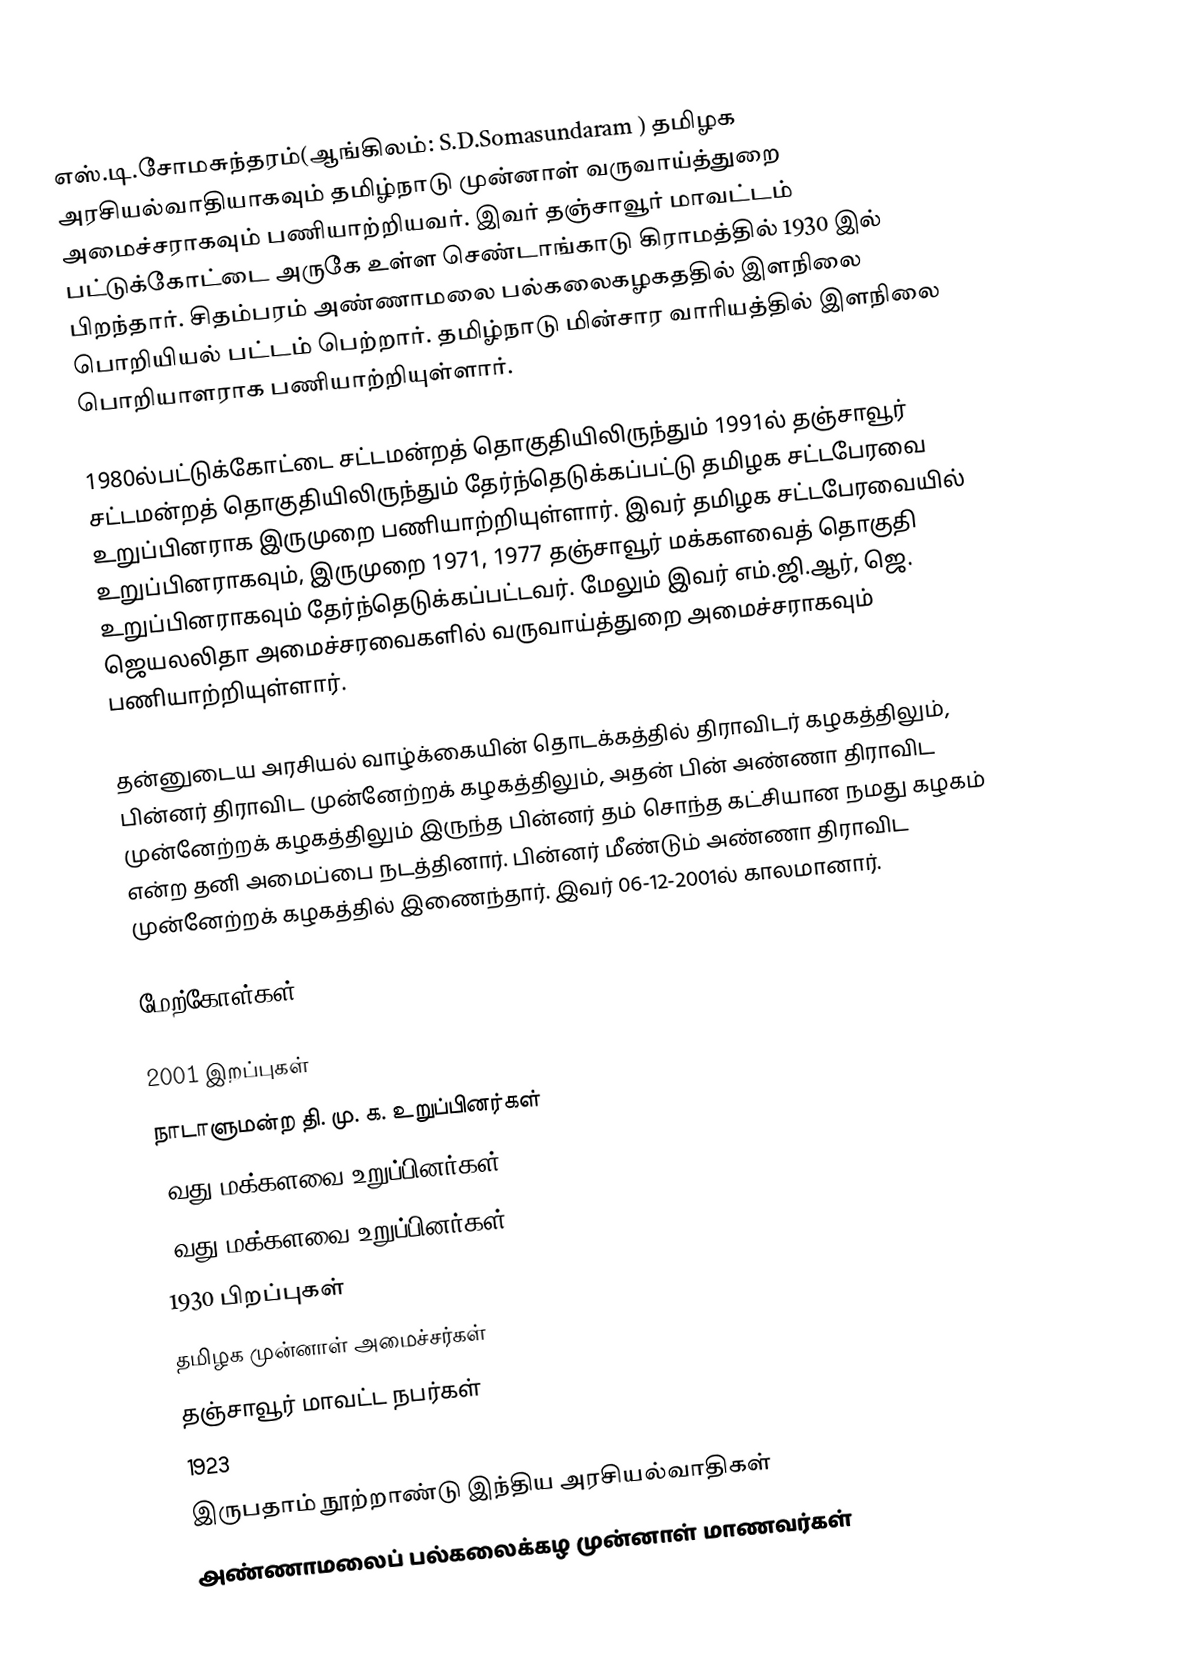
எஸ்.டி.சோமசுந்தரம்(ஆங்கிலம்: S.D.Somasundaram ) தமிழக அரசியல்வாதியாகவும் தமிழ்நாடு முன்னாள் வருவாய்த்துறை அமைச்சராகவும் பணியாற்றியவர்.  இவர் தஞ்சாவூர் மாவட்டம் பட்டுக்கோட்டை அருகே உள்ள செண்டாங்காடு கிராமத்தில் 1930 இல்  பிறந்தார். சிதம்பரம் அண்ணாமலை பல்கலைகழகததில் இளநிலை பொறியியல் பட்டம் பெற்றார். தமிழ்நாடு மின்சார வாரியத்தில் இளநிலை பொறியாளராக பணியாற்றியுள்ளார்.

1980ல்பட்டுக்கோட்டை சட்டமன்றத் தொகுதியிலிருந்தும்  1991ல் தஞ்சாவூர் சட்டமன்றத் தொகுதியிலிருந்தும் தேர்ந்தெடுக்கப்பட்டு தமிழக சட்டபேரவை உறுப்பினராக இருமுறை பணியாற்றியுள்ளார். இவர் தமிழக சட்டபேரவையில் உறுப்பினராகவும், இருமுறை 1971, 1977 தஞ்சாவூர் மக்களவைத் தொகுதி உறுப்பினராகவும் தேர்ந்தெடுக்கப்பட்டவர். மேலும் இவர் எம்.ஜி.ஆர், ஜெ. ஜெயலலிதா அமைச்சரவைகளில் வருவாய்த்துறை அமைச்சராகவும்  பணியாற்றியுள்ளார்.

தன்னுடைய அரசியல் வாழ்க்கையின் தொடக்கத்தில் திராவிடர் கழகத்திலும், பின்னர் திராவிட முன்னேற்றக் கழகத்திலும், அதன் பின் அண்ணா திராவிட முன்னேற்றக் கழகத்திலும் இருந்த பின்னர் தம் சொந்த கட்சியான நமது கழகம் என்ற தனி அமைப்பை நடத்தினார். பின்னர் மீண்டும் அண்ணா திராவிட முன்னேற்றக் கழகத்தில்  இணைந்தார். இவர் 06-12-2001ல் காலமானார்.

மேற்கோள்கள்

2001 இறப்புகள்
நாடாளுமன்ற தி. மு. க. உறுப்பினர்கள்
5வது மக்களவை உறுப்பினர்கள்
6வது மக்களவை உறுப்பினர்கள்
1930 பிறப்புகள்
தமிழக முன்னாள் அமைச்சர்கள்
தஞ்சாவூர் மாவட்ட நபர்கள்
1923
இருபதாம் நூற்றாண்டு இந்திய அரசியல்வாதிகள்
அண்ணாமலைப் பல்கலைக்கழ முன்னாள் மாணவர்கள்